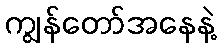
ကျွန်တော်အနေနဲ့